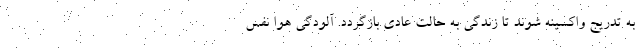
به تدریج واکسینه شوند تا زندگی به حالت عادی بازگردد. آلودگی هوا نفس